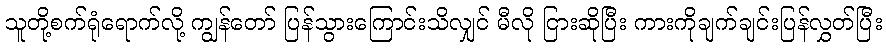
သူတို့စက်ရုံရောက်လို့ ကျွန်တော် ပြန်သွားကြောင်းသိလျှင် မီလို ငြားဆိုပြီး ကားကိုချက်ချင်းပြန်လွှတ်ပြီး